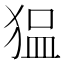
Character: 𰡖